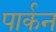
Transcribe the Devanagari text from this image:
पार्कन